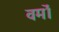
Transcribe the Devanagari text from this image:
वर्मों